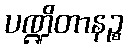
ပဏ္ဍိတာနဉ္စ